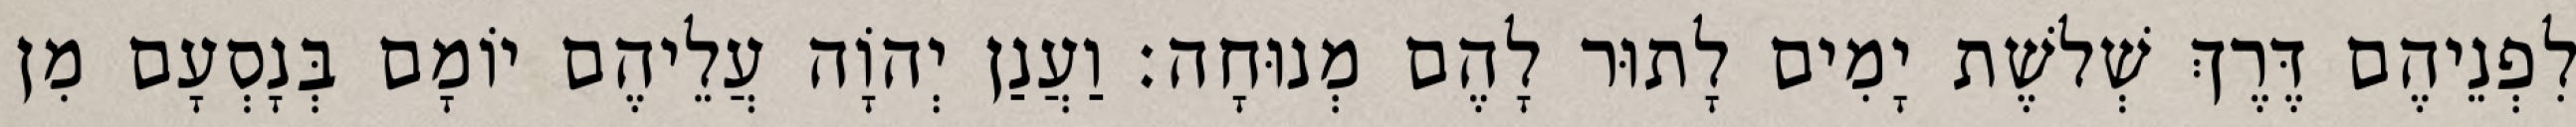
לִפְנֵיהֶם דֶּרֶךְ שְׁלשֶׁת יָמִים לָתוּר לָהֶם מְנוּחָה׃ וַעֲנַן יְהוָֹה עֲלֵיהֶם יוֹמָם בְּנָסְעָם מִן